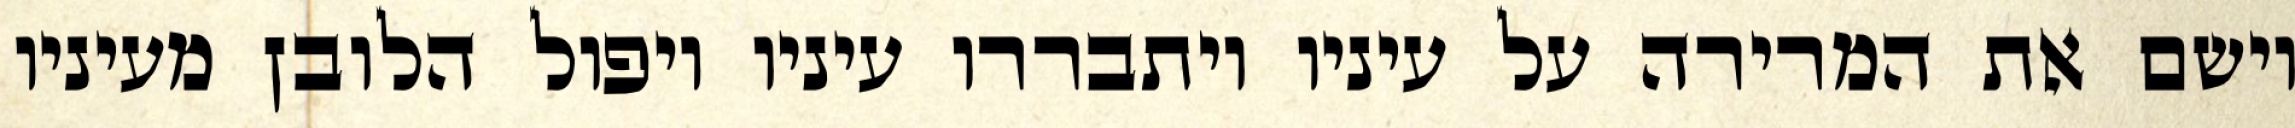
וישם את המרירה על עיניו ויתבררו עיניו ויפול הלובן מעיניו